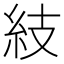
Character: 𥾣